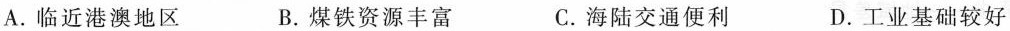
A.临近港澳地区 B.煤铁资源丰富 C.海陆交通便利 D.工业基础较好